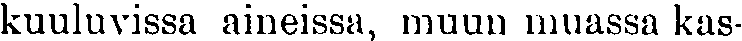
kuuluvissa aineissa, muun muassa kas-